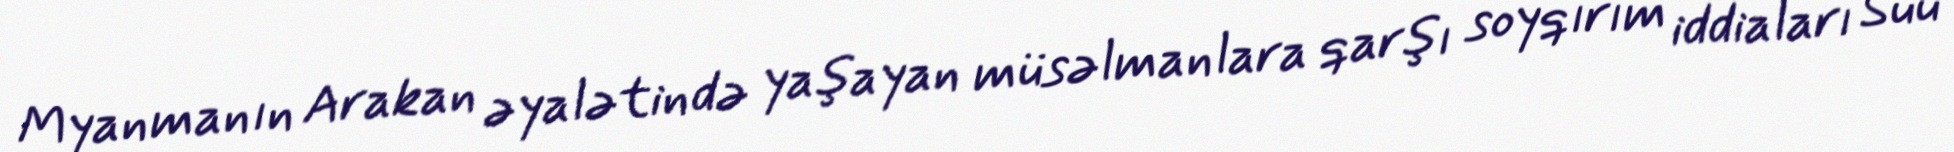
Myanmanın Arakan əyalətində yaşayan müsəlmanlara qarşı soyqırım iddiaları Suu